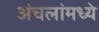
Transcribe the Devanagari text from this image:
अंचलांमध्ये